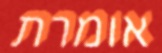
אומרת